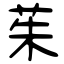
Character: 茱